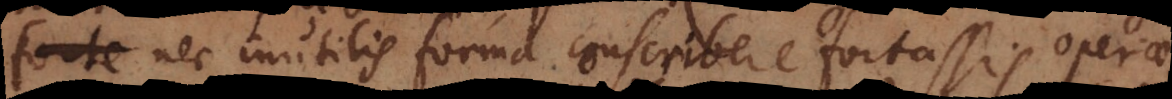
forta nec inutilis forma conscribere fortassis operae